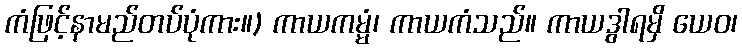
ကံဖြင့်နာမည်တပ်ပုံကား။) ကာယကမ္မံ၊ ကာယကံသည်။ ကာယဒွါရမှိ ယေဝ၊